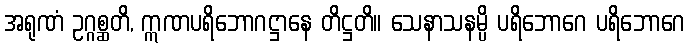
အရုဏံ ဥဂ္ဂစ္ဆတိ, ဣဏပရိဘောဂဋ္ဌာနေ တိဋ္ဌတိ။ သေနာသနမ္ပိ ပရိဘောဂေ ပရိဘောဂေ